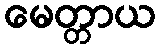
မေတ္တာယ